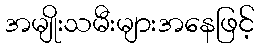
အမျိုးသမီးများအနေဖြင့်